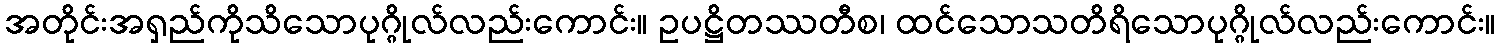
အတိုင်းအရှည်ကိုသိသောပုဂ္ဂိုလ်လည်းကောင်း။ ဥပဋ္ဌိတဿတီစ၊ ထင်သောသတိရိသောပုဂ္ဂိုလ်လည်းကောင်း။